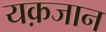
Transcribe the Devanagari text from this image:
यक़जान